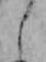
し